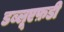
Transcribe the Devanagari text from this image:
डब्लूएफ़डी